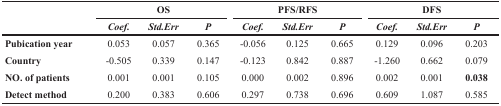
<table><thead><tr><td></td><td colspan="3"><b>OS</b></td><td colspan="3"><b>PFS/RFS</b></td><td colspan="3"><b>DFS</b></td></tr><tr><td></td><td><b><i>Coef.</i></b></td><td><b><i>Std.Err</i></b></td><td><b><i>P</i></b></td><td><b><i>Coef.</i></b></td><td><b><i>Std.Err</i></b></td><td><b><i>P</i></b></td><td><b><i>Coef.</i></b></td><td><b><i>Std.Err</i></b></td><td><b><i>P</i></b></td></tr></thead><tbody><tr><td><b>Pubication year</b></td><td>0.053</td><td>0.057</td><td>0.365</td><td>-0.056</td><td>0.125</td><td>0.665</td><td>0.129</td><td>0.096</td><td>0.203</td></tr><tr><td><b>Country</b></td><td>-0.505</td><td>0.339</td><td>0.147</td><td>-0.123</td><td>0.842</td><td>0.887</td><td>-1.260</td><td>0.662</td><td>0.079</td></tr><tr><td><b>NO. of patients</b></td><td>0.001</td><td>0.001</td><td>0.105</td><td>0.000</td><td>0.002</td><td>0.896</td><td>0.002</td><td>0.001</td><td>0.038</td></tr><tr><td><b>Detect method</b></td><td>0.200</td><td>0.383</td><td>0.606</td><td>0.297</td><td>0.738</td><td>0.696</td><td>0.609</td><td>1.087</td><td>0.585</td></tr></tbody></table>